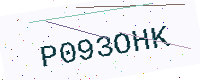
Text: P093OHK